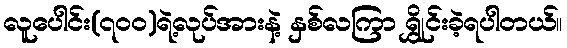
လူပေါင်း(၇၀၀)ရဲ့လုပ်အားနဲ့ နှစ်လကြာ ရွှိုင်းခဲ့ရပါတယ်။